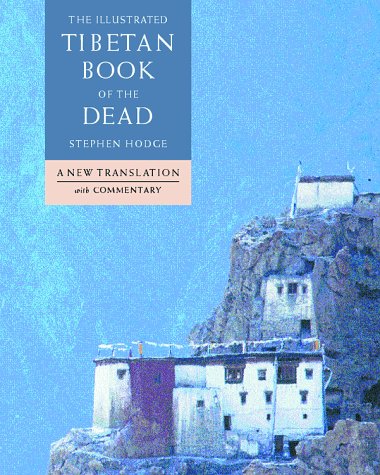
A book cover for The Illustrated Tibetan Book of the Dead: A New Translation With Commentary; Stephen Hodge; Religion & Spirituality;